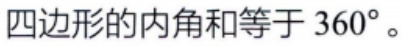
四边形的内角和等于 \(360^{\circ}\)。